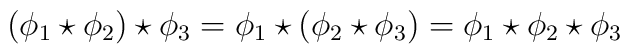
\bigl(\phi_1\star\phi_2\bigr)\star\phi_3=\phi_1\star\bigl(\phi_2\star\phi_3\bigr)=\phi_1\star\phi_2\star\phi_3